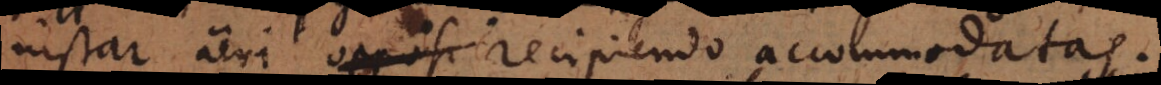
instar aeri recipiendo accommodatas.